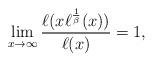
LaTeX: \begin{align*} \lim\limits_{x\to\infty} \frac{\ell(x\ell^{\frac{1}{\beta}}(x))}{\ell(x)}=1,\end{align*}